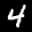
Label: 4